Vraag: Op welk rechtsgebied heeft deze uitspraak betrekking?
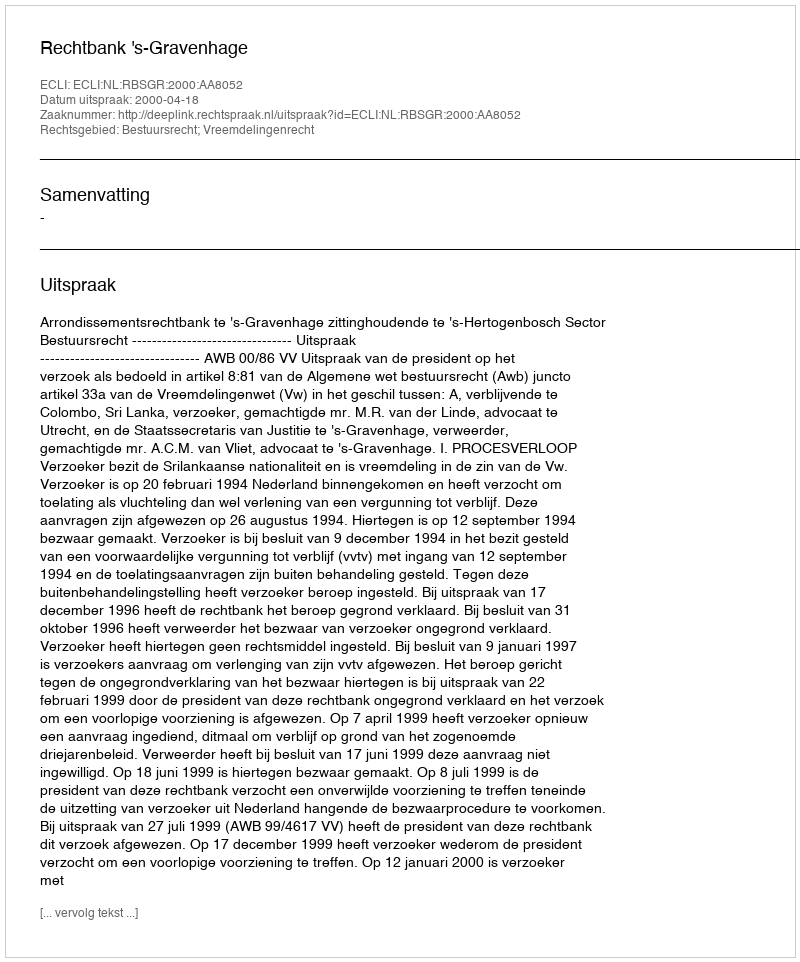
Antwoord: Bestuursrecht; Vreemdelingenrecht